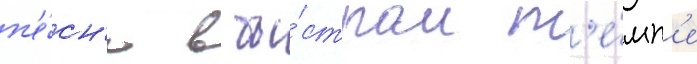
п'е́сн'ю в бы́стром т'е́мп'е